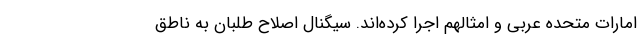
امارات متحده عربی و امثالهم اجرا کرده‌اند. سیگنال اصلاح طلبان به ناطق